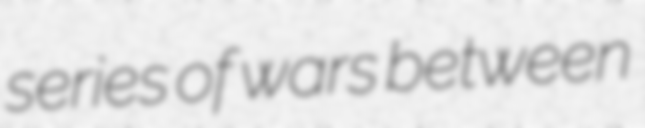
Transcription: series of wars between